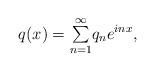
LaTeX: \begin{align*}q(x)={\textstyle\sum\limits_{n=1}^{\infty}}q_{n}e^{inx},\end{align*}